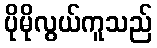
ပိုမိုလွယ်ကူသည်